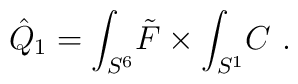
\hat Q_1 =\int_{S^6}\!  \tilde F\times \int_{S^1}\! C\ .